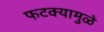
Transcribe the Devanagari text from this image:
फटक्यामुळे